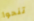
تنحوا